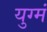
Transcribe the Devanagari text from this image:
युग्मं